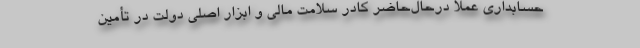
حسابداری عملا درحال‌حاضر كادر سلامت مالی و ابزار اصلی دولت در تأمین